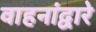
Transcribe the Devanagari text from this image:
वाहनांद्वारे